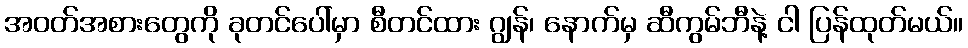
အဝတ်အစားတွေကို ခုတင်ပေါ်မှာ စီတင်ထား ဂျွန်၊ နောက်မှ ဆီကွမ်ဘီနဲ့ ငါ ပြန်ထုတ်မယ်။